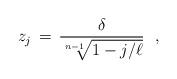
LaTeX: \begin{align*}z_j\,=\, {\delta\over \sqrt[n-1]{1- j/\ell}}\,\,\,\,,\end{align*}